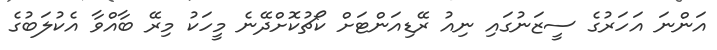
އަންނަ އަހަރުގެ ސީޒަނުގައި ނިއު ރޭޑިއަންޓަށް ކޯޗުކޮށްދޭނެ މީހަކު މިރޭ ބާއްވާ އެކުލަބުގެ